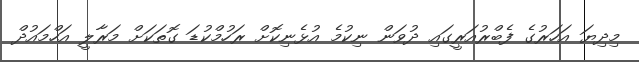
މިދިޔަ އަހަރުގެ ފެބްރުއަރީގައި ދުވަން ނިކުމެ އުޅެނިކޮށް ރަހުމްކުޑަ ގޮތަކަށް މަރާލީ އަހްމައުދް